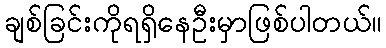
ချစ်ခြင်းကိုရရှိနေဦးမှာဖြစ်ပါတယ်။